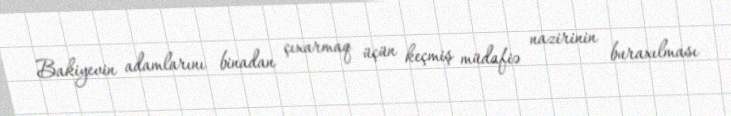
Bakiyevin adamlarını binadan çıxarmaq üçün keçmiş müdafiə nazirinin buraxılması